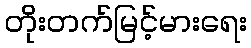
တိုးတက်မြင့်မားရေး